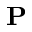
\mathbf { P }